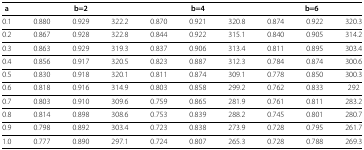
| <COLSPAN=10>  |
 | a | <COLSPAN=3> b=2 | <COLSPAN=3> b=4 | <COLSPAN=3> b=6 |
 | --- | --- | --- | --- | --- | --- | --- | --- | --- | --- |
 | 0.1 | 0.880 | 0.929 | 322.2 | 0.870 | 0.921 | 320.8 | 0.874 | 0.922 | 320.3 |
 | 0.2 | 0.867 | 0.928 | 322.8 | 0.844 | 0.922 | 315.1 | 0.840 | 0.905 | 314.2 |
 | 0.3 | 0.863 | 0.929 | 319.3 | 0.837 | 0.906 | 313.4 | 0.811 | 0.895 | 303.4 |
 | 0.4 | 0.856 | 0.917 | 320.5 | 0.823 | 0.887 | 312.3 | 0.784 | 0.874 | 300.6 |
 | 0.5 | 0.830 | 0.918 | 320.1 | 0.811 | 0.874 | 309.1 | 0.778 | 0.850 | 300.3 |
 | 0.6 | 0.818 | 0.916 | 314.9 | 0.803 | 0.858 | 299.2 | 0.762 | 0.833 | 292 |
 | 0.7 | 0.803 | 0.910 | 309.6 | 0.759 | 0.865 | 281.9 | 0.761 | 0.811 | 283.2 |
 | 0.8 | 0.814 | 0.898 | 308.6 | 0.753 | 0.839 | 288.2 | 0.745 | 0.801 | 280.7 |
 | 0.9 | 0.798 | 0.892 | 303.4 | 0.723 | 0.838 | 273.9 | 0.728 | 0.795 | 261.7 |
 | 1.0 | 0.777 | 0.890 | 297.1 | 0.724 | 0.807 | 265.3 | 0.728 | 0.788 | 269.3 |